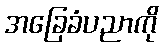
အခြေခံပညာကို